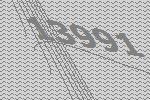
13991